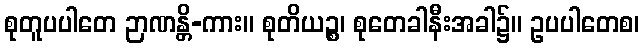
စုတူပပါတေ ဉာဏန္တိ-ကား။ စုတိယဉ္စ၊ စုတေခါနီးအခါ၌။ ဥပပါတေစ၊